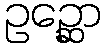
ဥဉ္ဆော